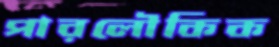
পারলৌকিক